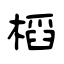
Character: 槄